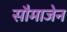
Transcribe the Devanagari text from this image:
सौमाजेन